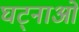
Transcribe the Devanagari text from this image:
घट्नाओं